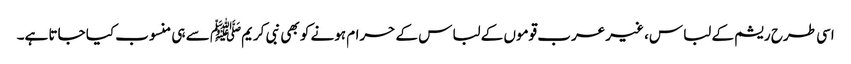
اسی طرح ریشم کے لباس، غیر عرب قوموں کے لباس کے حرام ہونے کو بھی نبی کریمﷺ سے ہی منسوب کیا جاتا ہے۔